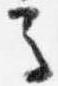
馬